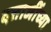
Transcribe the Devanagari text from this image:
दत्ताजींच्या